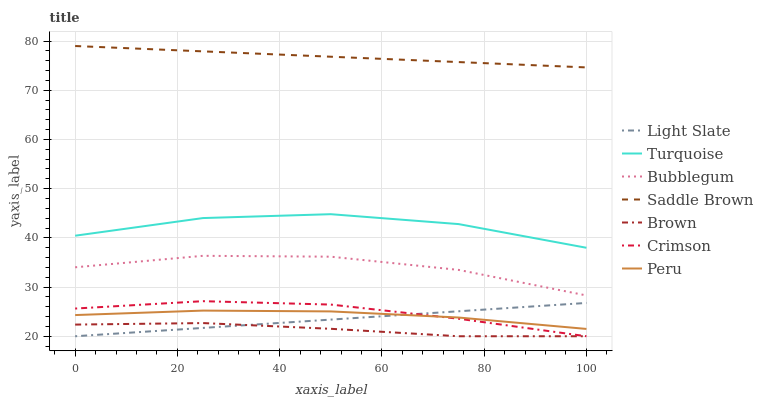
| xaxis_label | Light Slate | Turquoise | Bubblegum | Saddle Brown | Brown | Crimson | Peru |
 | --- | --- | --- | --- | --- | --- | --- | --- |
 | 0 | 20 | 40.4 | 34 | 79 | 22.4 | 25.6 | 24.3 |
 | 25 | 21.7 | 44 | 36.4 | 77.9 | 22.7 | 27.1 | 25.2 |
 | 50 | 23.4 | 44.8 | 36.2 | 76.8 | 21.5 | 26.4 | 25 |
 | 75 | 25.1 | 42.8 | 33.5 | 75.7 | 20 | 23.6 | 23.8 |
 | 100 | 26.8 | 38 | 28.3 | 74.6 | 20 | 20 | 21.5 |